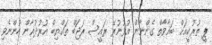
ޕީ ތުރުކީއަށް ބަޣާވާތް ގެންނާން އުޅުނުރޭ ރައީސް ރަޖަބް ތައްޔިބް އުރުދުޣާން ހުންނެވި